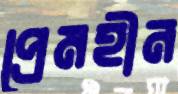
প্রেমহীন